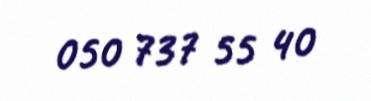
050 737 55 40